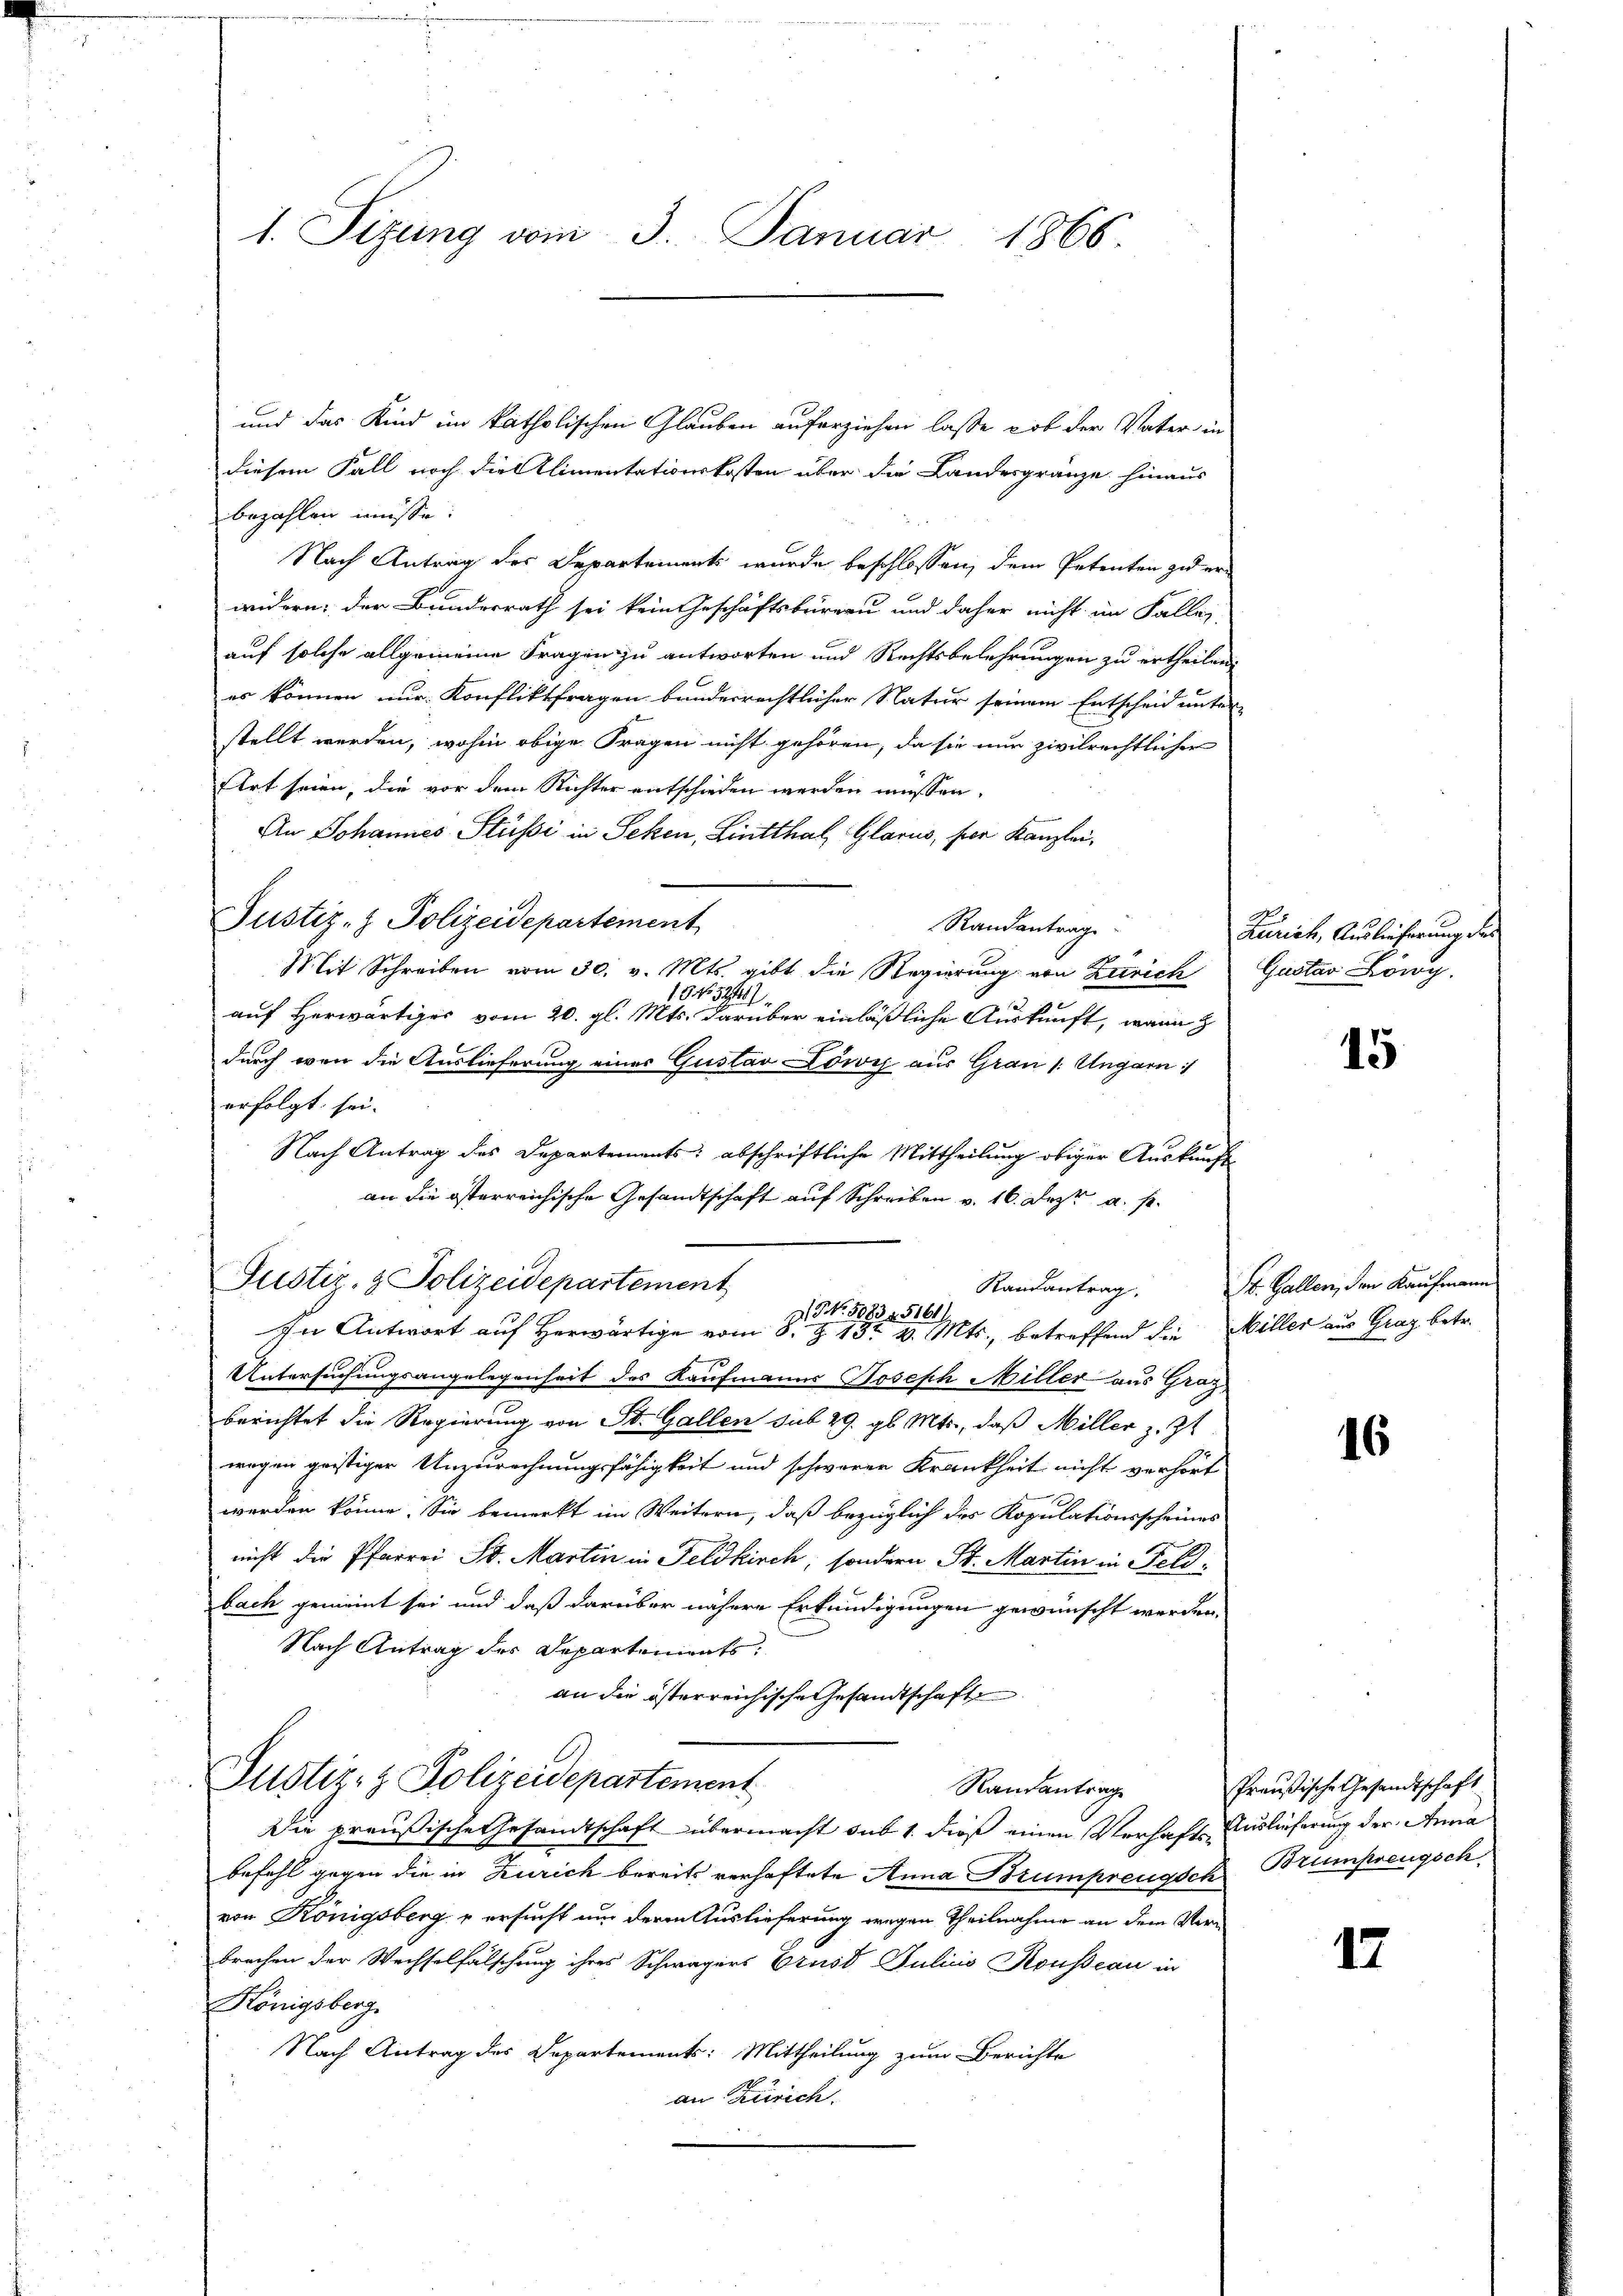
1. Sizung vom 3. Januar 1866.

und das Kind im katholischen Glauben auferziehen lasse, ob der Vater in
diesem Fall noch die Alimentationskosten über die Landesgränze hinaus
bezahlen müsse.
Nach Antrag des Departement wurde beschlossen, dem Petenten zu er
widern; der Bundesrath sei kein Geschäftsbüreau und daher nicht im Fallei
auf solche allgemeine Fragen zu antworten und Rechtsbelehrungen zu ertheilen.
es können nur Konfliktfragen bunderrechtlicher Natur seinem Entscheid unter-
stellt werden, wohin obige Fragen nicht gehören, da sie nur zivilrechtlicher
Art seien, die vor dem Richter entschieden werden müssen.
An Johannes Stüssi in Seken, Lintthal, Glarus, per Kanzlei,
Justiz- & Polizeidepartement
Randantrage
Mit Schreiben vom 30. v. Mts. gibt die Regierung von Zürich
15 No. 521447
auf Herwärtiges vom 20. gl. Mts. darüber einläßliche Auskunft, wann z
durch von die Auslieferung einer Gustav Löwis aus Grau (: Ungarn
erfolgt sei.
Nach Antrag des Departements; abschriftliche Mittheilung obiger Auskunft
an die österreichische Gesandtschaft auf Schreiben v. 16. Dez. a. p.
NNo. 5083. 5161).
In Antwort auf Herwärtige vom 8. Z. 13t v. Mts., betreffend die Miller aus Graz betr.
u
Untersuchungsangelegenheit des Kaufmanns Joseph Miller aus Graz
berichtet die Regierung von St. Gallen sub 29. gl. Mts., daß Miller z. Zt
wegen geistiger Unzurechnungsfähigkeit und schwerer Krankheit nicht verhört
werden könne. Sie bemerkt im Weitern, daß bezüglich des Kopulationsscheines
nicht die Pfarrei St. Martin in Feldkirch, sondern St. Martin in Feldbach gemeint sei und daß darüber nähere Erkundigungen gewünscht werden.
Nach Antrag des Departements:
an die österreichische Gesandtschaft
Justiz- & Polizeidepartement
Randantrag
Die preußische Gesandtschaft übermacht sub 1. dieß einen Verhaft Auslieferung der Anna
befehl gegen die in Zürich bereits verhaftete Anna Brumprengsch
von Königsberg u ersucht um deren Auslieferung wegen Theilnahme an dem Verbrechen der Wechselfälschung ihres Schwagers Brust Julius Kousseau in
Königsberg.
Nach Antrag des Departements: Mittheilung zum Berichte
an Zürich

Justiz- & Polizeidepartement

Zürich, Auslieferung der
Gustav Löny.

15

Randantrag. St. Gallen, den Kaufmann

16

Preußische Gesandtschaft
Brumpreugsch

12